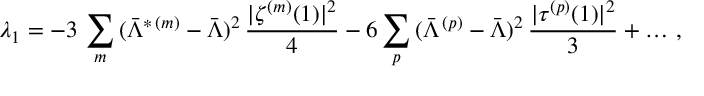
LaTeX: \lambda _ { 1 } = - 3 \, \sum _ { m } \, ( \bar { \Lambda } ^ { * \, ( m ) } - \bar { \Lambda } ) ^ { 2 } \, { \frac { | \zeta ^ { ( m ) } ( 1 ) | ^ { 2 } } { 4 } } - 6 \sum _ { p } \, ( \bar { \Lambda } ^ { \, ( p ) } - \bar { \Lambda } ) ^ { 2 } \, { \frac { | \tau ^ { ( p ) } ( 1 ) | ^ { 2 } } { 3 } } + \ldots \, ,